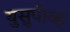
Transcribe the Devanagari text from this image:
युसुपोव्ह